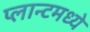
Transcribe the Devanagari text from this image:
प्लान्टमध्ये